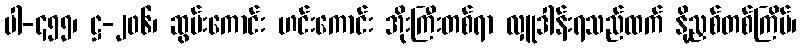
ပါ-၄၅၅၊ ဋ္ဌ-၂၀၆၊ ဆွမ်းကောင်း ဟင်းကောင်း အိုးကြီးတစ်ရာ လှူဒါန်းရသည်ထက် နို့ညှစ်တစ်ကြိမ်၊